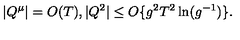
| Q ^ { \mu } | = O ( T ) , | Q ^ { 2 } | \leq O \{ g ^ { 2 } T ^ { 2 } \ln ( g ^ { - 1 } ) \} .